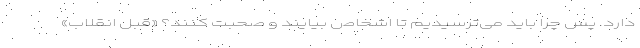
دارد. پس چرا باید می‌ترسیدیم تا اشخاص بیایند و صحبت کنند؟ «قبل انقلاب»